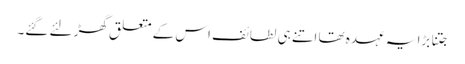
جتنا بڑا یہ عہدہ تھا اتنے ہی لطائف اس کے متعلق گھڑ لئے گئے۔